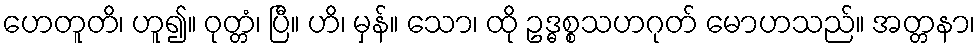
ဟေတူတိ၊ ဟူ၍။ ဝုတ္တံ၊ ပြီ။ ဟိ၊ မှန်။ သော၊ ထို ဥဒ္ဓစ္စသဟဂုတ် မောဟသည်။ အတ္တနာ၊